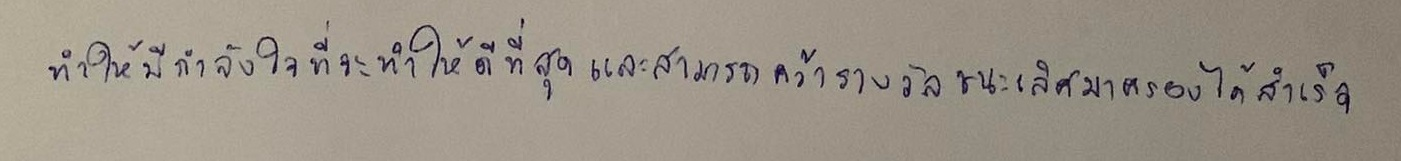
ทำให้มีกำลังใจที่จะทำให้ดีที่สุดและสามารถคว้ารางวัลชนะเลิศมาครองได้สำเร็จ